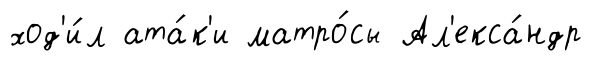
ход'и́л ата́к'и матро́сы Ал'екса́ндр